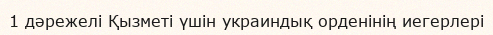
1 дәрежелі Қызметі үшін украиндық орденінің иегерлері